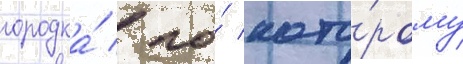
городка́ / по́ кото́рому